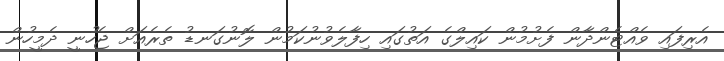
އެރިފައި ވެއްޓެންދާން ފެށުމުން ކައިލްގެ އަތުގައި ހިފާލެވުނުކަމުން ލޮނުގަނޑު ތެރެއަށް ޖެހުނީ ދެމީހުން